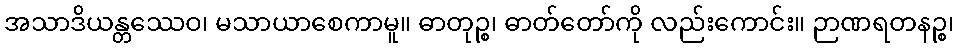
အသာဒိယန္တဿေဝ၊ မသာယာစေကာမူ။ ဓာတုဉ္စ၊ ဓာတ်တော်ကို လည်းကောင်း။ ဉာဏရတနဉ္စ၊